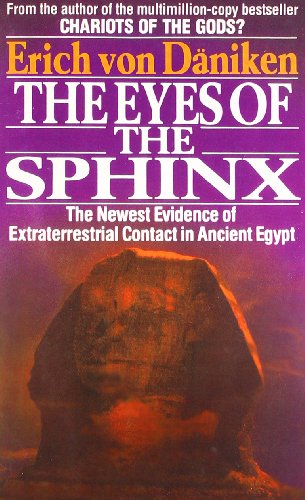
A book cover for The Eyes of the Sphinx: The Newest Evidence of Extraterrestial Contact in Ancient Egypt; Erich Von Daniken; History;